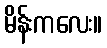
မိန်းကလေး။